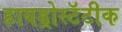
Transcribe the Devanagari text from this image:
हायड्रोस्टॅटीक